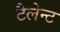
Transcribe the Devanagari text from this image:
टैलेन्ट